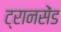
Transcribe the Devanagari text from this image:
ट्रानसेंड